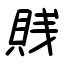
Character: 賎